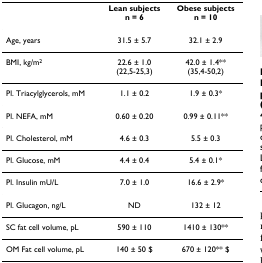
<table><thead><tr><td></td><td><b>Lean subjectsn = 6</b></td><td><b>Obese subjectsn = 10</b></td></tr></thead><tbody><tr><td>Age, years</td><td>31.5 ± 5.7</td><td>32.1 ± 2.9</td></tr><tr><td>BMI, kg/m<sup>2</sup></td><td>22.6 ± 1.0(22,5-25,3)</td><td>42.0 ± 1.4**(35,4-50,2)</td></tr><tr><td>Pl. Triacylglycerols, mM</td><td>1.1 ± 0.2</td><td>1.9 ± 0.3*</td></tr><tr><td>Pl. NEFA, mM</td><td>0.60 ± 0.20</td><td>0.99 ± 0.11**</td></tr><tr><td>Pl. Cholesterol, mM</td><td>4.6 ± 0.3</td><td>5.5 ± 0.3</td></tr><tr><td>Pl. Glucose, mM</td><td>4.4 ± 0.4</td><td>5.4 ± 0.1*</td></tr><tr><td>Pl. Insulin mU/L</td><td>7.0 ± 1.0</td><td>16.6 ± 2.9*</td></tr><tr><td>Pl. Glucagon, ng/L</td><td>ND</td><td>132 ± 12</td></tr><tr><td>SC fat cell volume, pL</td><td>590 ± 110</td><td>1410 ± 130**</td></tr><tr><td>OM Fat cell volume, pL</td><td>140 ± 50 $</td><td>670 ± 120** $</td></tr></tbody></table>